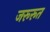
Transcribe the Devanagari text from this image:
जरूरूत